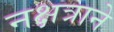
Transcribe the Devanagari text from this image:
नक्षत्राने